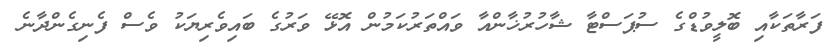
ފަރާތަކާއި ބޮލީވުޑްގެ ސުޕަސްޓާ ޝާހުރުޚާންއާ ވައްތަރުކަމުން އޮޅޭ ވަރުގެ ބައިވެރިޔަކު ވެސް ފެނިގެންދާނެ